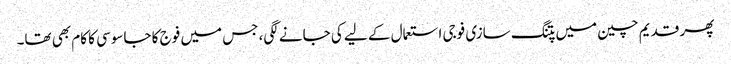
پھر قدیم چین میں پتنگ سازی فوجی استعمال کے لیے کی جانے لگی، جس میں فوج کا جاسوسی کا کام بھی تھا۔